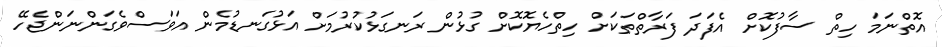
އޮތްނަމަ ހިތް ސާފުކޮށް އެފަދަ ފަރާތްތަކަށް ހިތްހެޔޮކޮށް ގުޅުން ރަނގަޅުކުރުމަށް އަޅުގަނޑުމެން އަވަސްވެގަންނަންޖެހޭ